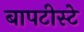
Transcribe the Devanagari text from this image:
बापटीस्टे